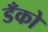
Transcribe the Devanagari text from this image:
डँको